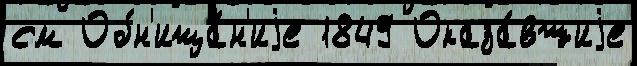
см Обн'ища́н'иjе 1849 Оказа́вшиjе